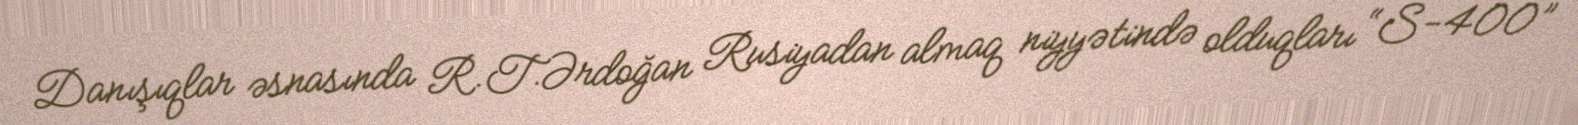
Danışıqlar əsnasında R.T.Ərdoğan Rusiyadan almaq niyyətində olduqları “S-400”